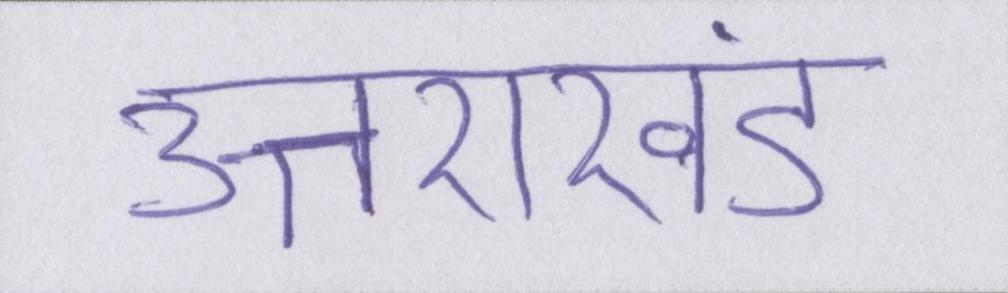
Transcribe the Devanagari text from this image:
उत्तराखंड